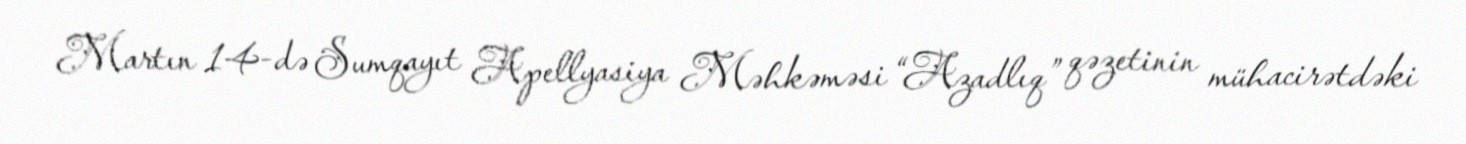
Martın 14-də Sumqayıt Apellyasiya Məhkəməsi “Azadlıq” qəzetinin mühacirətdəki